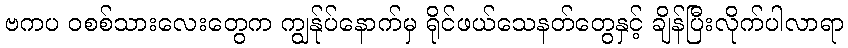
ဗကပ ဝစစ်သားလေးတွေက ကျွန်ုပ်နောက်မှ ရိုင်ဖယ်သေနတ်တွေနှင့် ချိန်ပြီးလိုက်ပါလာရာ